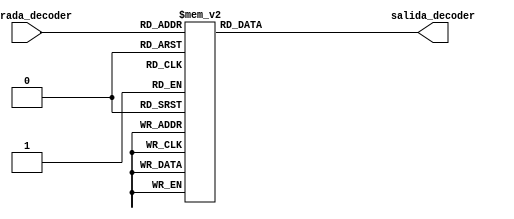
module decoderSimple(
	
	input [3:0] entrada_decoder,
	output reg [6:0] salida_decoder
);


always @(*) 
begin
	case(entrada_decoder)
	
		0:							// gfedcba
			salida_decoder = 7'b 1000000;
		1: 
			salida_decoder = 7'b 1111001;
		2: 
			salida_decoder = 7'b 0100100;
		3: 
			salida_decoder = 7'b 0110000;
		4: 
			salida_decoder = 7'b 0011001;
		5: 
			salida_decoder = 7'b 0010010;
		6: 
			salida_decoder = 7'b 0000010;
		7:
			salida_decoder = 7'b 1111000;
		8: 
			salida_decoder = 7'b 0000000;
		9: 
			salida_decoder = 7'b 0011000;
	
		default: 
			salida_decoder = 7'b 0111111;
	
	
	endcase


end



endmodule